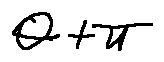
\theta + \pi